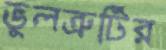
ভুলত্রুটির